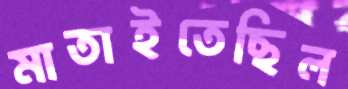
মাতাইতেছিল